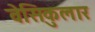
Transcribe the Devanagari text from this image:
वेसिकुलार